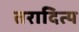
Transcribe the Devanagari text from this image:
तरादित्य